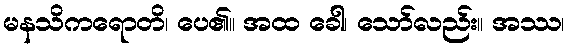
မနသိကရောတိ၊ ပေ၏။ အထ ခေါ၊ သော်လည်း။ အဿ၊